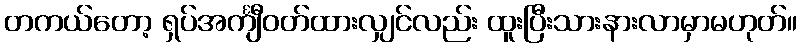
တကယ်တော့ ရှပ်အင်္ကျီဝတ်ထားလျှင်လည်း ထူးပြီးသားနားလာမှာမဟုတ်။